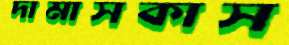
দামাসকাস